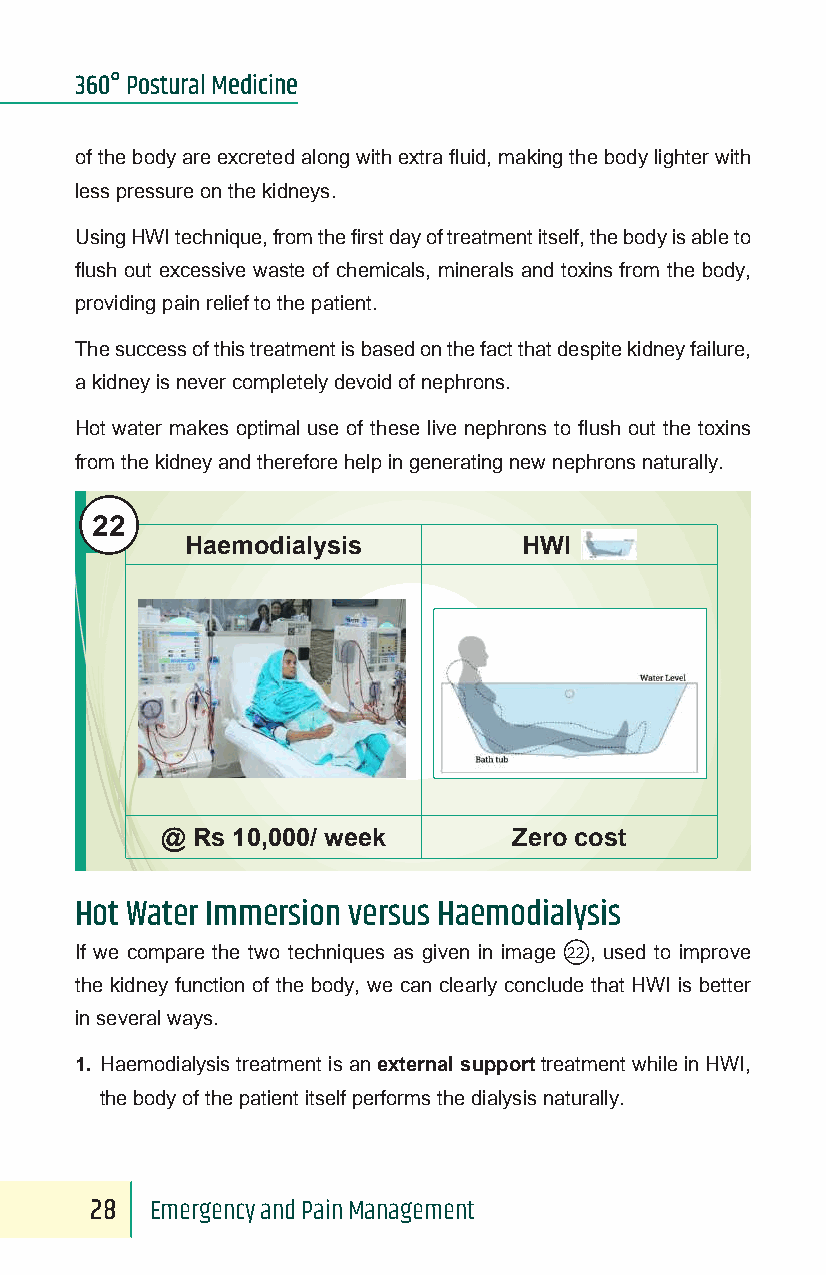
360° Postural Medicine
 of the body are excreted along with extra fluid, making the body lighter with
 less pressure on the kidneys.
 Using HWI technique, from the first day of treatment itself, the body is able to
 flush out excessive waste of chemicals, minerals and toxins from the body,
 providing pain relief to the patient.
 The success of this treatment is based on the fact that despite kidney failure,
 a kidney is never completely devoid of nephrons.
 Hot water makes optimal use of these live nephrons to flush out the toxins
 from the kidney and therefore help in generating new nephrons naturally.
 22
 Haemodialysis          HWI
 @ Rs 10,000/ week      Zero cost
 Hot Water Immersion versus Haemodialysis
 If we compare the two techniques as given in image 22, used to improve
 the kidney function of the body, we can clearly conclude that HWI is better
 in several ways.
 1. Haemodialysis treatment is an external support treatment while in HWI,
 the body of the patient itself performs the dialysis naturally.
 28  Emergency and Pain Management